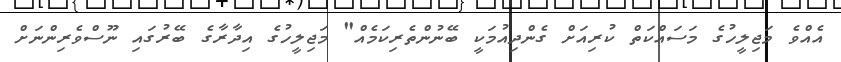
އެއްވެ މަޖިލީހުގެ މަސައްކަތް ކުރިއަށް ގެންދިއުމަކީ ބޭނުންތެރިކަމެއް" މަޖިލީހުގެ އިދާރާގެ ބޭރުގައި ނޫސްވެރިންނަށް